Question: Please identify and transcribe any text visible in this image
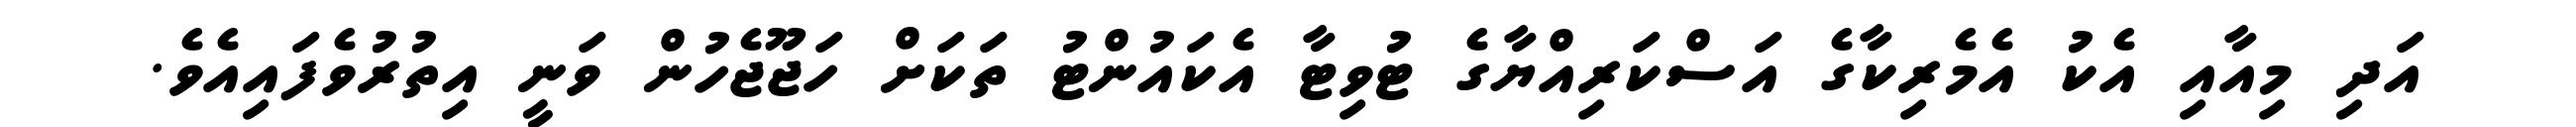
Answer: އަދި މިއާއި އެކު އެމެރިކާގެ އަސްކަރިއްޔާގެ ޓުވިޓާ އެކައުންޓު ތަކަށް ހަޖޫޖެހުން ވަނީ އިތުރުވެފައިއެވެ.